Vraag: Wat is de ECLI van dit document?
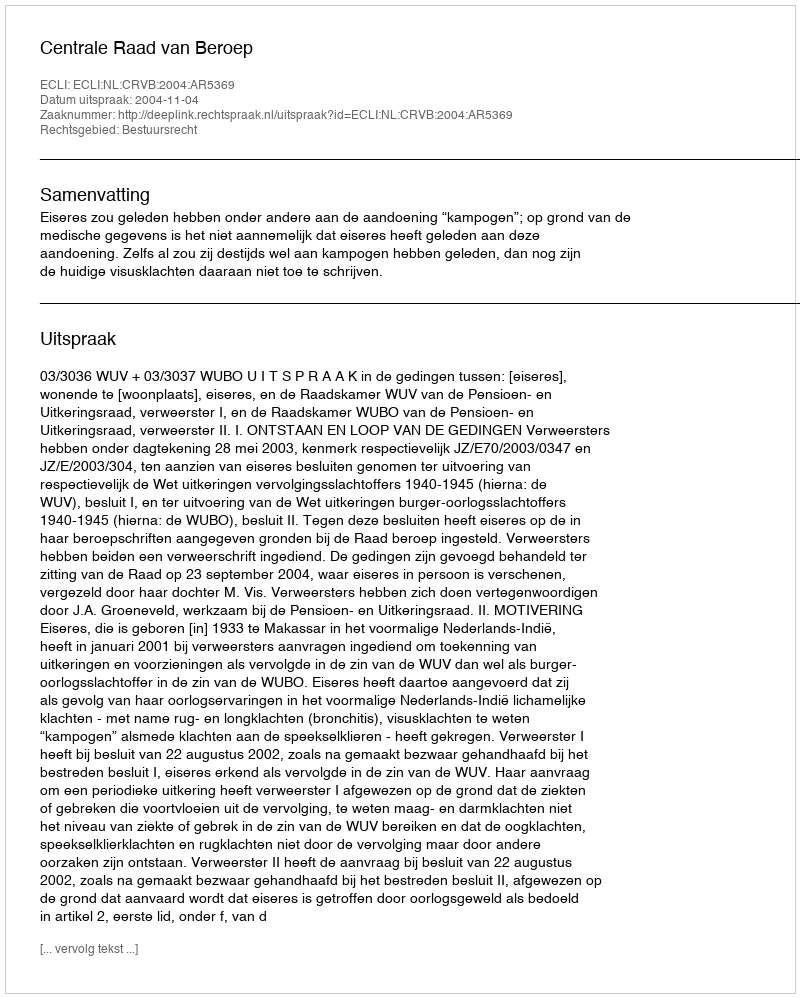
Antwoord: ECLI:NL:CRVB:2004:AR5369